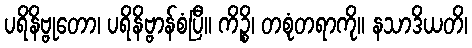
ပရိနိဗ္ဗုတော၊ ပရိနိဗ္ဗာန်စံပြီ။ ကိဉ္စိ၊ တစုံတရာကို။ နသာဒိယတိ၊